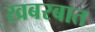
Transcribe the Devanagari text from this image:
खबरबात